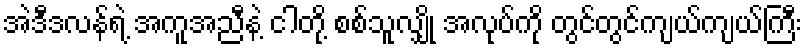
အဲဒီဒလန်ရဲ့ အကူအညီနဲ့ ငါတို့ စစ်သူလျှို အလုပ်ကို တွင်တွင်ကျယ်ကျယ်ကြီး